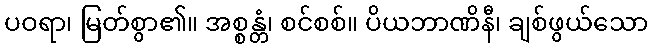
ပဝရာ၊ မြတ်စွာ၏။ အစ္စန္တံ၊ စင်စစ်။ ပိယဘာဏိနီ၊ ချစ်ဖွယ်သော